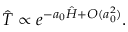
\hat { T } \propto e ^ { - a _ { 0 } \hat { H } + O ( a _ { 0 } ^ { 2 } ) } .